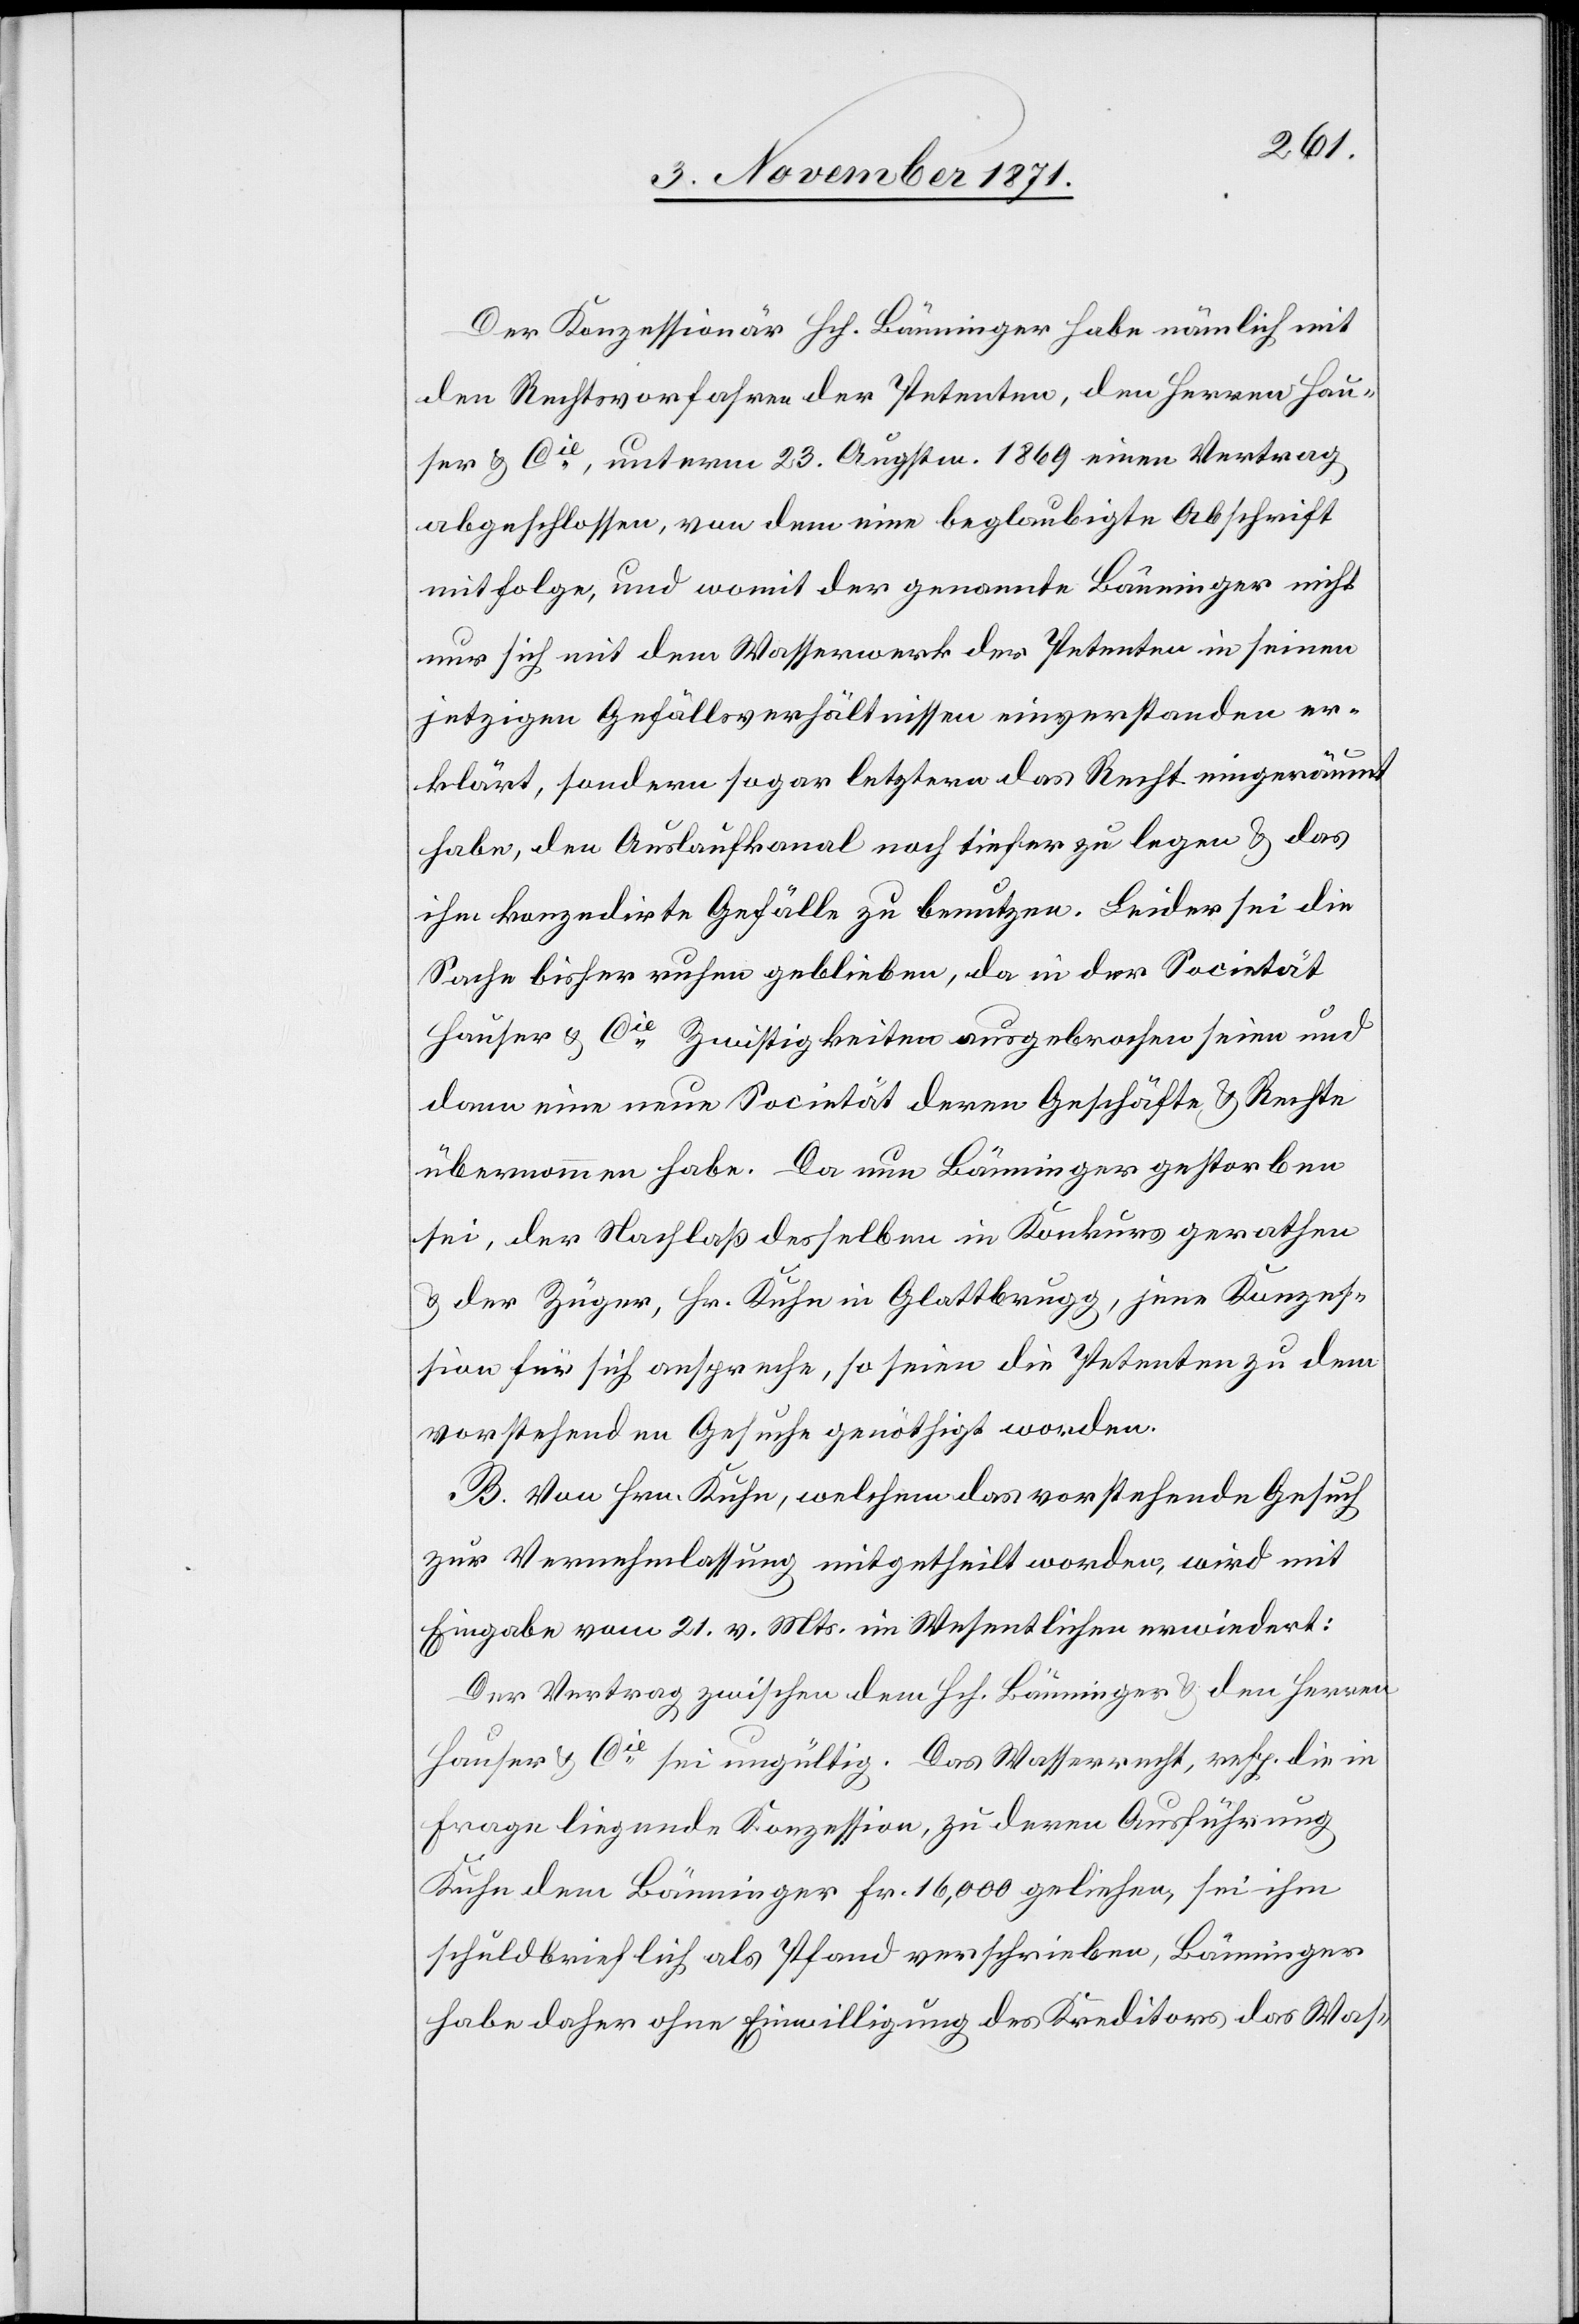
Der Konzessionär Hch. Bänninger habe nämlich mit
den Rechtsvorfahren der Petenten, den Herren Hau¬
ser & Cie, unterm 23. Augstm. 1869 einen Vertrag
abgeschlossen, von dem eine beglaubigte Abschrift
mitfolge, und womit der genannte Bänninger nicht
nur sich mit dem Wasserwerk des Petenten in seinem
jetzigen Gefällsverhältnisse einverstanden er¬
klärt, sondern sogar letztern das Recht eingeräumt
habe, den Auslaufkanal noch tiefer zu legen & das
ihm konzedirte Gefälle zu benutzen. Leider sei die
Sache bisher ruhen geblieben, da in der Societät
Hauser & Cie Zwistigkeiten ausgebrochen seien und
dann eine neue Societät deren Geschäfte & Rechte
übernommen habe. Da nun Bänninger gestorben
sei, der Nachlaß desselben in Konkurs gerathen
& der Züger, Hr. Kuhn in Glattbrugg, jene Konzes¬
sion für sich anspreche, so seien die Petenten zu dem
vorstehenden Gesuche genöthigt worden.
B. Von Hrn. Kuhn, welchem das vorstehende Gesuch
zur Vernehmlassung mitgetheilt worden, wird mit
Eingabe vom 21. v. Mts. im Wesentlichen erwiedert:
Der Vertrag zwischen dem Hch. Bänninger & den Herren
Hauser & Cie sei ungültig. Das Wasserrecht, resp. die in
Frage liegende Konzession, zu deren Ausführung
Kuhn dem Bänninger Fr. 16,000 geliehen, sei ihm
schulbrieflich als Pfand verschrieben, Bänninger
habe daher ohne Einwilligung des Kreditors das Was-